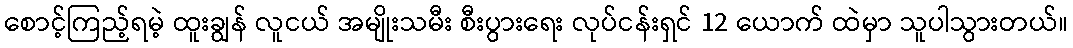
စောင့်ကြည့်ရမဲ့ ထူးချွန် လူငယ် အမျိုးသမီး စီးပွားရေး လုပ်ငန်းရှင် 12 ယောက် ထဲမှာ သူပါသွားတယ်။